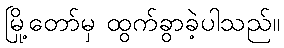
မြို့တော်မှ ထွက်ခွာခဲ့ပါသည်။